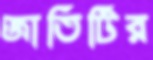
জাতিটির